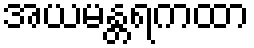
အယမန္တရကထာ